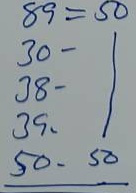
89 = 50
30 = 50
38 = 50
39 = 50
50 = 50